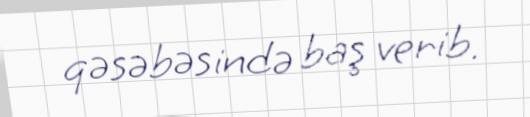
qəsəbəsində baş verib.